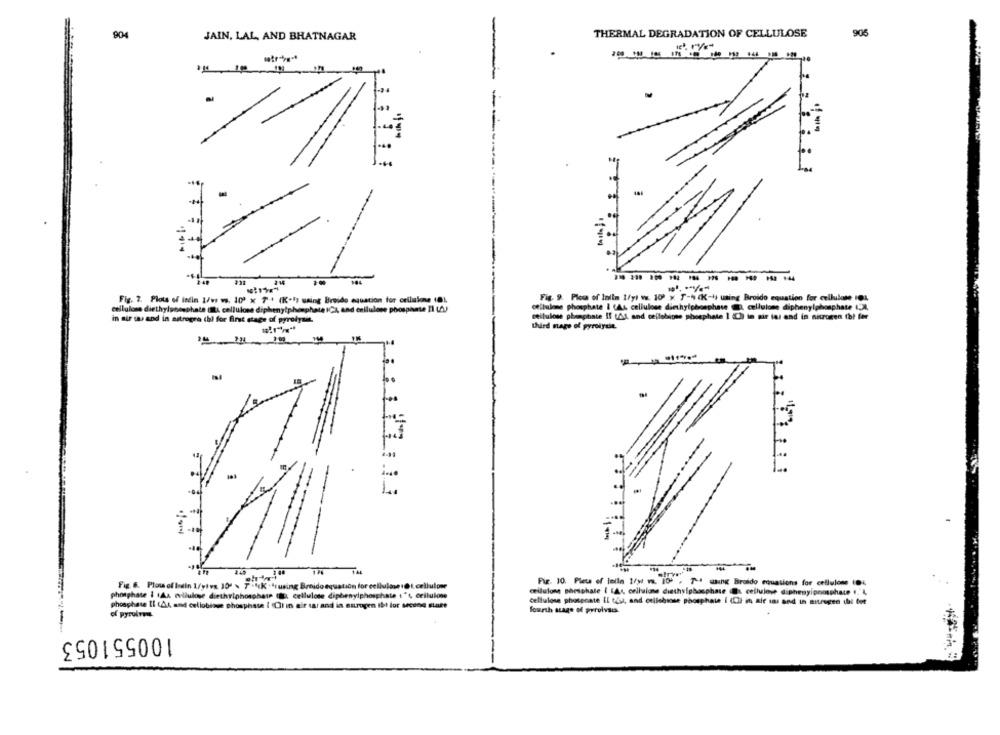
904
JAIN, LAL, AND BHATNAGAR
THERMAL DEGRADATION OF CELLULOSE
905
--
-
Fig. 7. Plots of incin 1/es ws. 100 x 7 + (K-1) using Breido equation for cellalone (01.
Fig. 9. Ploch of Inilm I/yi ww. 100 y T-4 (K-4) using Broido equation for cellulose IO1,
cellulose diethylposephale (LA cellulosa diphenytphosphate ICA, and cellulose phosphate Il (A)
otitulone phosphate I (As, cellulose diethylphosphate O, cellulose diphenylphosphate LJA,
cellulose phanghate If (&s. and cellobiose phosphate I Ch in gir los end in nitrogen fbi for
in air sa and in aitregra (h) for first stage of pyrolysis.
third sage of pyroiyast.
249 00
1.26
--
Fig. 6. Plow of Inain 1/viva 301 \ 7 -1(K . Isusing Broido equation for cellulose .@ t cellulose
Pir. 10. Plets of lolla 1/y va. 10 , 7-1 msung Braido equations for cellulose (D4
phosphate i (AA evilulose diethriphosphate (IL, cellulose diphenylphosphate ", cellulose
cellulone phosphate ( LA4, cellulose diethylphosphate Et cellulose dipheny/phosphate ,'4
cellulose phospcate IL tous, and cellebiose phosphate I (Ch in aie was and in nitrogen ill tot
phosphate IL (A4, and cellobinve phosphate I Cl in eir tar and in estrogen Ibt for second stage
fourth stage of porvivais
of pyrulv
100551053
--